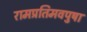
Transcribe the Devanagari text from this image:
रामप्रतिमवपुषा